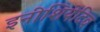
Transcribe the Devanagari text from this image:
इनीशियेटिव